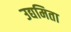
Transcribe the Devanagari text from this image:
उद्यमिता